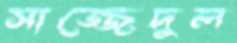
সাজ্জেদুল